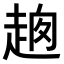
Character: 𧻮